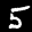
Label: 5